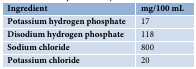
<table><thead><tr><td><b>Ingredient</b></td><td><b>mg/100 mL</b></td></tr></thead><tbody><tr><td><b>Potassium hydrogen phosphate</b></td><td>17</td></tr><tr><td><b>Disodium hydrogen phosphate</b></td><td>118</td></tr><tr><td><b>Sodium chloride</b></td><td>800</td></tr><tr><td><b>Potassium chloride</b></td><td>20</td></tr></tbody></table>